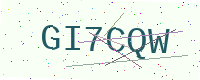
Text: GI7CQW